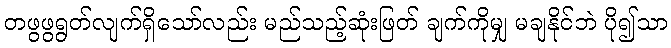
တဖွဖွရွတ်လျက်ရှိသော်လည်း မည်သည့်ဆုံးဖြတ် ချက်ကိုမျှ မချနိုင်ဘဲ ပို၍သာ